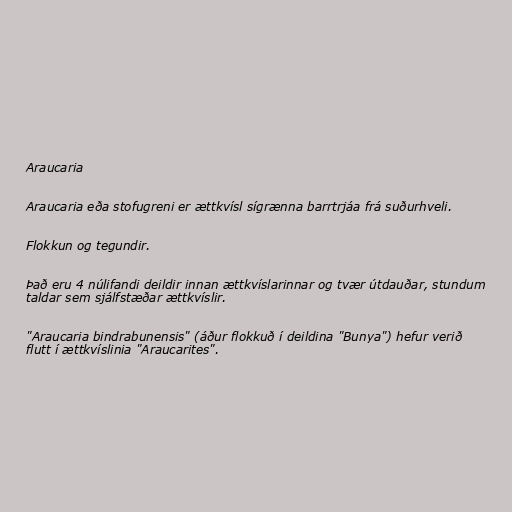
Araucaria

Araucaria eða stofugreni er ættkvísl sígrænna barrtrjáa frá suðurhveli.

Flokkun og tegundir.

Það eru 4 núlifandi deildir innan ættkvíslarinnar og tvær útdauðar, stundum
taldar sem sjálfstæðar ættkvíslir.

"Araucaria bindrabunensis" (áður flokkuð í deildina "Bunya") hefur verið
flutt í ættkvíslinia "Araucarites".